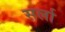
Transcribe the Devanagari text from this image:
सर्ला